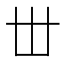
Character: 丗